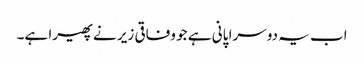
اب یہ دوسرا پانی ہے جو وفاقی زیر نے پھیرا ہے۔